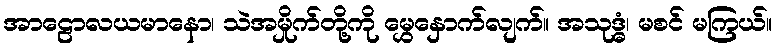
အာဠောလယမာနော၊ သဲအမှိုက်တို့ကို မွှေနှောက်လျက်။ အသုဒ္ဓံ၊ မစင် မကြယ်။